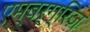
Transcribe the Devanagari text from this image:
एम्बर्ग्रिज़